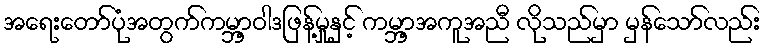
အရေးတော်ပုံအတွက်ကမ္ဘာ့ဝါဒဖြန့်မှုနှင့် ကမ္ဘာ့အကူအညီ လိုသည်မှာ မှန်သော်လည်း